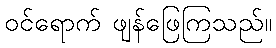
ဝင်ရောက် ဖျန်ဖြေကြသည်။